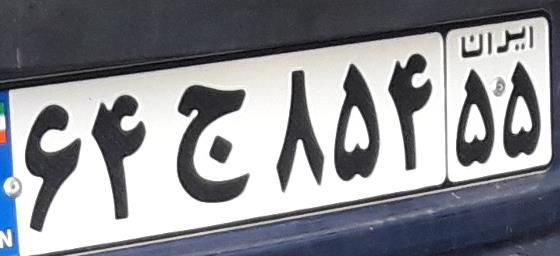
۶۴ج۸۵۴۵۵